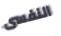
النفسى